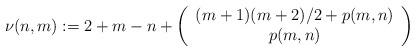
LaTeX: \begin{align*}\nu(n,m):= 2+m-n+ \left( \begin{array}{c} (m+1)(m+2)/2+p(m,n) \\ p(m,n) \\ \end{array} \right)\end{align*}